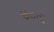
જીતવી